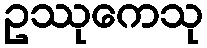
ဥဿုကေသု